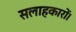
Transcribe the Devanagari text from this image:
सलाहकारों।